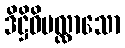
ဒိဋ္ဌိဝိပလ္လာသော